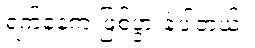
ရက်နေ့က ဖြစ်ပွားခဲ့ပါတယ်။